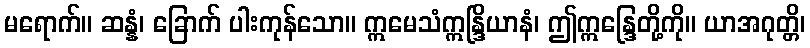
မရောက်။ ဆန္နံ၊ ခြောက် ပါးကုန်သော။ ဣမေသံဣန္ဒြိယာနံ၊ ဤဣန္ဒြေတို့ကို။ ယာအဂုတ္တိ၊